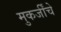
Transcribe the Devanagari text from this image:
मुकर्जींचे